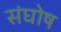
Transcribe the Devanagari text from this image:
संघोष